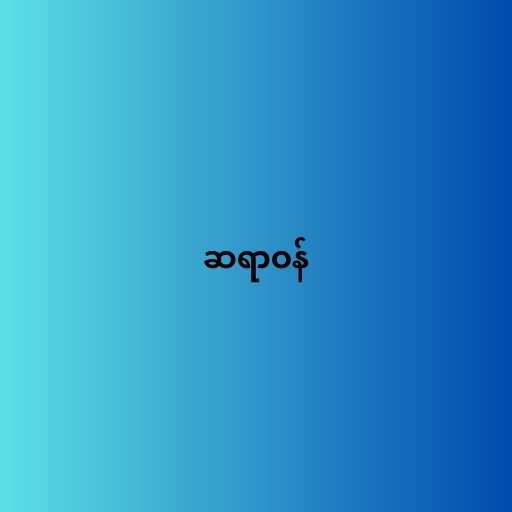
ဆရာဝန်